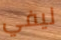
ليفي